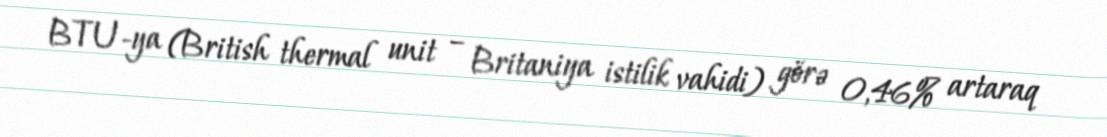
BTU-ya (British thermal unit – Britaniya istilik vahidi) görə 0,46% artaraq